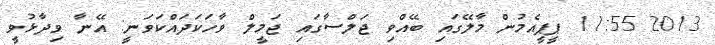
2013 11:55 ޕީޕީއެމުން މާލޭގައި ބޭއްވި ޖަލްސާގައި ޖަމީލް ވާހަކަދައްކަވަނީ: އޭނާ ވިދާޅުވީ